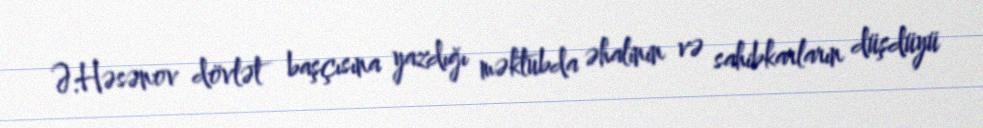
Ə.Həsənov dövlət başçısına yazdığı məktubda əhalinin və sahibkarların düşdüyü